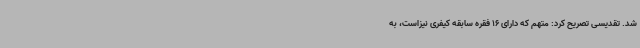
شد. تقدیسی تصریح کرد: متهم که دارای 16 فقره سابقه کیفری نیزاست، به